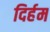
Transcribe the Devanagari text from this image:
दिर्हम